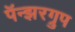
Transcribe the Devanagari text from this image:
पॅन्झरग्रुप